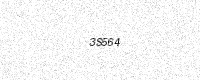
Text: 3S564